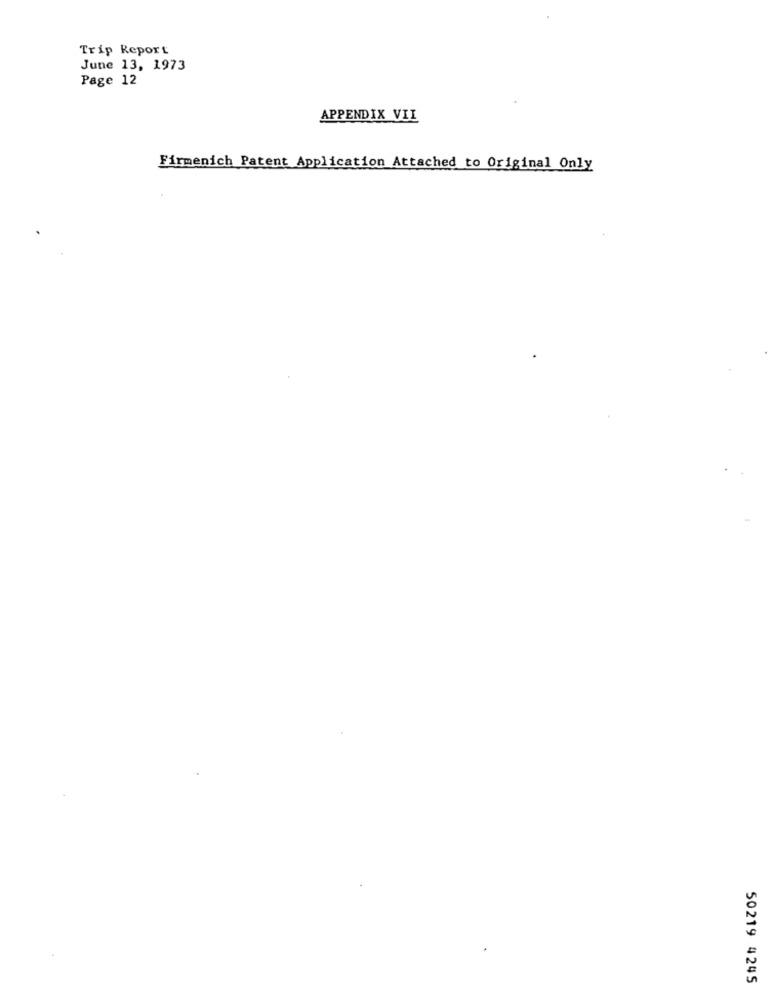
Trip Report
June 13, 1973
Page 12
APPENDIX VII
Firmenich Patent Application Attached to Original Only
50219 4245